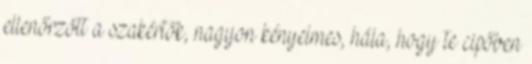
ellenőrzött a szakértők, nagyon kényelmes, hála, hogy te cipőben